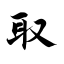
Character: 取